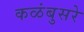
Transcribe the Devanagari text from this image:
कळंबुसरे